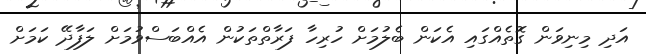
އަދި މިނިވަން ގޮތެއްގައި އެކަން ބެލުމަށް ހުރިހާ ފަރާތްތަކުން އެއްބަސްވުމަށް ލަފާދޭ ކަމަށް